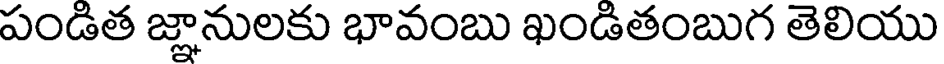
పండిత జ్ఞానులకు భావంబు ఖండితంబుగ తెలియు